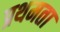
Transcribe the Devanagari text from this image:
प्रथमता